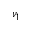
\nu _ { 1 }